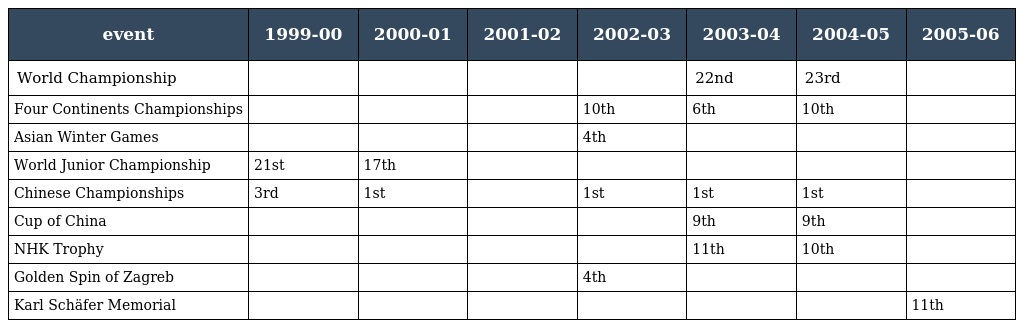
| event | 1999-00 | 2000-01 | 2001-02 | 2002-03 | 2003-04 | 2004-05 | 2005-06 |
 | --- | --- | --- | --- | --- | --- | --- | --- |
 | World Championship |  |  |  |  | 22nd | 23rd |  |
 | Four Continents Championships |  |  |  | 10th | 6th | 10th |  |
 | Asian Winter Games |  |  |  | 4th |  |  |  |
 | World Junior Championship | 21st | 17th |  |  |  |  |  |
 | Chinese Championships | 3rd | 1st |  | 1st | 1st | 1st |  |
 | Cup of China |  |  |  |  | 9th | 9th |  |
 | NHK Trophy |  |  |  |  | 11th | 10th |  |
 | Golden Spin of Zagreb |  |  |  | 4th |  |  |  |
 | Karl Schäfer Memorial |  |  |  |  |  |  | 11th |